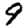
Digit: 9